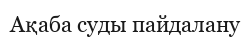
Ақаба суды пайдалану